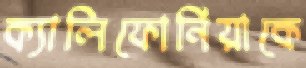
ক্যালিফোর্নিয়াকে